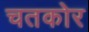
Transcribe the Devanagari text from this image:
चतकोर